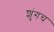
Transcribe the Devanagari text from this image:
शुंगच